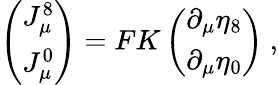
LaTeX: \left(\begin{array}{c}{{J_{\mu}^{8}}}\\ {{J_{\mu}^{0}}}\end{array}\right)=FK\left(\begin{array}{c}{{\partial_{\mu}\eta_{8}}}\\ {{\partial_{\mu}\eta_{0}}}\end{array}\right)~,